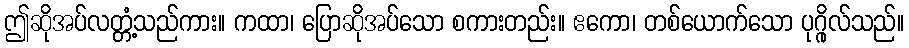
ဤဆိုအပ်လတ္တံ့သည်ကား။ ကထာ၊ ပြောဆိုအပ်သော စကားတည်း။ ဧကော၊ တစ်ယောက်သော ပုဂ္ဂိုလ်သည်။